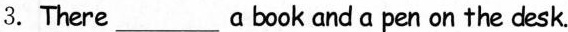
3.There ___ a book and a pen on the desk.